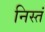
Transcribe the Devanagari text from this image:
निस्तं